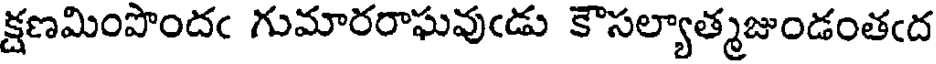
క్షణమింపొందఁ గుమారరాఘవుఁడు కౌసల్యాత్మజుండంతఁద